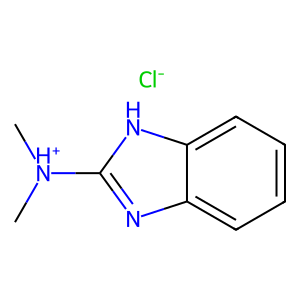
SMILES: C[NH+](C)c1nc2ccccc2[nH]1.[Cl-]
Inhibits HIV replication: No